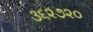
૩૬૨૭૨૦